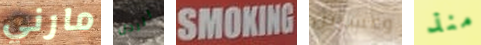
مارني الرجل SMOKING وعشرين منذ